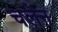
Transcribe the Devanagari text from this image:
चलेन